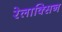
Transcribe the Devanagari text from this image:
रेलाक्सिन